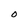
Character: O